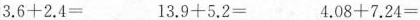
$$3 . 6 + 2 . 4 =$$ $$1 3 . 9 + 5 . 2 =$$ $$4 . 0 8 + 7 . 2 4 =$$